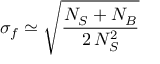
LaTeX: \sigma _ { f } \simeq \sqrt { \frac { N _ { S } + N _ { B } } { 2 \, N _ { S } ^ { 2 } } }